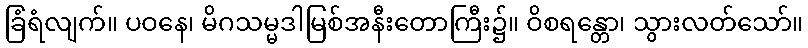
ခြံရံလျက်။ ပဝနေ၊ မိဂသမ္မဒါမြစ်အနီးတောကြီး၌။ ဝိစရန္တော၊ သွားလတ်သော်။